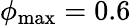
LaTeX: \phi_{\mathrm{max}}=0.6